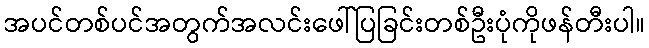
အပင်တစ်ပင်အတွက်အလင်းဖေါ်ပြခြင်းတစ်ဦးပုံကိုဖန်တီးပါ။